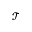
\mathcal { T }